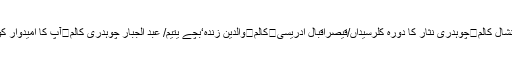
/محمد انشال کالم	چوہدری نثار کا دورہ کلرسیداں/قیصراقبال ادریسی	کالم	والدین زندہ‘بچے یتیم/ عبد الجبار چوہدری کالم	آپ کا امیدوار کون ہے؟